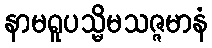
နာမရူပသ္မိမသဇ္ဇမာနံ